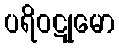
ပရိဝဋုမော